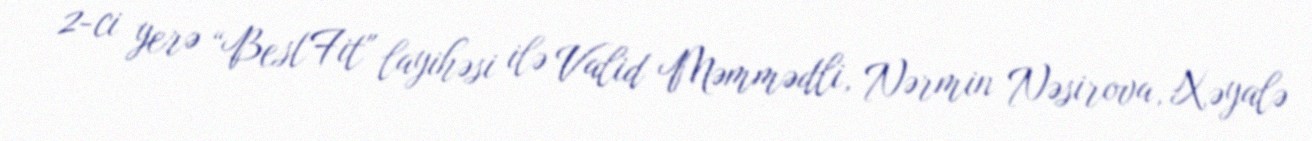
2-ci yerə “BestFit" layihəsi ilə Valid Məmmədli, Nərmin Nəsirova, Xəyalə